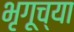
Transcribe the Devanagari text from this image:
भृगूच्या